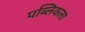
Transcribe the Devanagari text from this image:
पब्लिकला